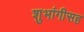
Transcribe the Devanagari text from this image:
शुभांगीसह